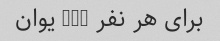
برای هر نفر 200 یوان